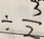
\div \frac { 3 } { 2 }